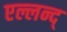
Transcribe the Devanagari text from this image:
एल्लन्द्